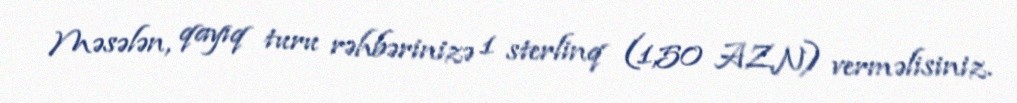
Məsələn, qayıq turu rəhbərinizə 1 sterlinq (1,50 AZN) verməlisiniz.